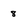
Character: 8